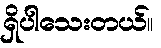
ရှိပါသေးတယ်။